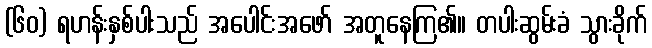
(၆၀) ရဟန်းနှစ်ပါးသည် အပေါင်းအဖော် အတူနေကြ၏။ တပါးဆွမ်းခံ သွားခိုက်